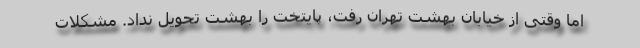
اما وقتی از خیابان بهشت تهران رفت، پایتخت را بهشت تحویل نداد. مشکلات